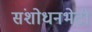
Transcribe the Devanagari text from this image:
संशोधनभेटी